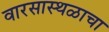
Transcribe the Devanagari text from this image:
वारसास्थळाचा